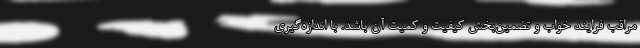
مراقب فرایند خواب و تضمین‌بخش کیفیت و کمیت آن باشد. با اندازه‌گیری